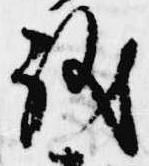
儀